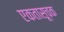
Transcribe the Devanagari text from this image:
एकतासूचक